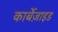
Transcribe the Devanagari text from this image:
कार्बेज़ाइड